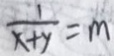
\frac { 1 } { x + y } = m